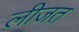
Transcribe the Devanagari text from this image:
लीजत